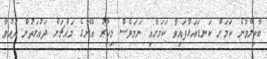
ބާތިލްވާނެ ކަމަށް ކަނޑައަޅާފައިވާ ކަމަށާއި ނަމަވެސް މިހާރު އޭނާގެ މައްޗަށް ދައުލަތުން ދައުވާ